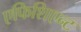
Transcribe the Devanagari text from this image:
एफिशिएन्ट